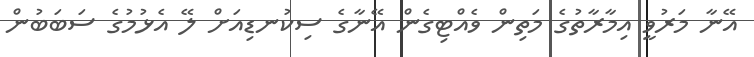
އޭނާ މަރުވީ އިމާރާތުގެ މަތިން ވެއްޓިގެން އޭނާގެ ސިކުނޑިއަށް ލޭ އެޅުމުގެ ސަބަބުން